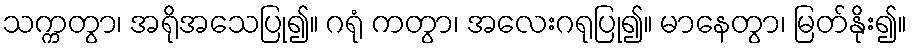
သက္ကတွာ၊ အရိုအသေပြု၍။ ဂရုံ ကတွာ၊ အလေးဂရုပြု၍။ မာနေတွာ၊ မြတ်နိုး၍။